Investigations on Bengal jail dietaries - Number 37
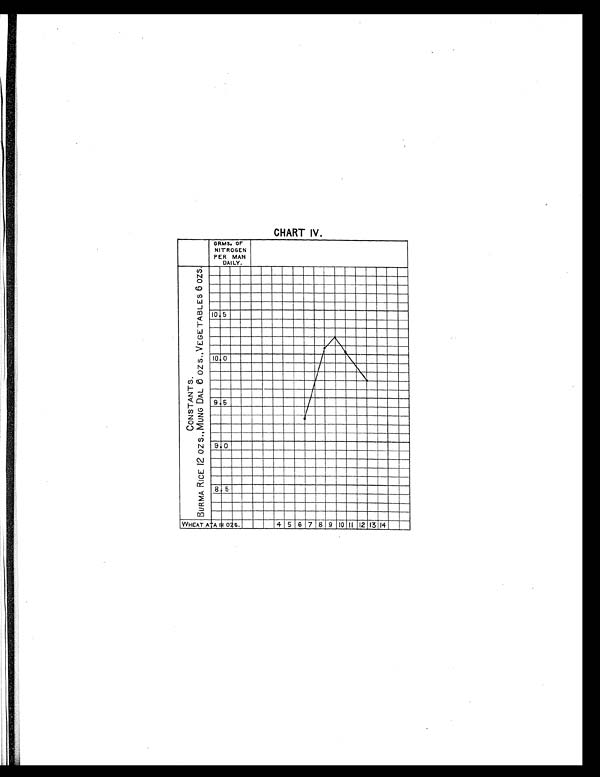
CHART IV.